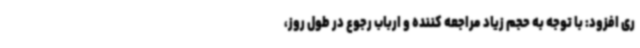
ری افزود: با توجه به حجم زیاد مراجعه کننده و ارباب رجوع در طول روز،